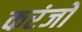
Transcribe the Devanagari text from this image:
करंजों